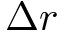
\Delta r